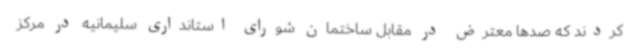
کردند که صدها معترض در مقابل ساختمان شورای استانداری سلیمانیه در مرکز